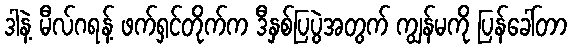
ဒါနဲ့ မီလ်ဂရန့် ဖက်ရှင်တိုက်က ဒီနှစ်ပြပွဲအတွက် ကျွန်မကို ပြန်ခေါ်တာ